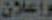
وإعلان